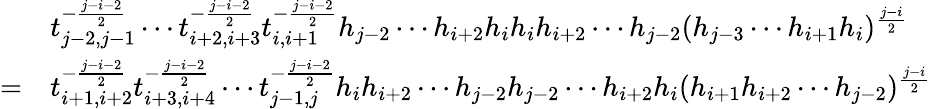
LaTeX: \begin{array}{rl}&{t_{j-2,j-1}^{-\frac{j-i-2}{2}}\cdots t_{i+2,i+3}^{-\frac{j-i-2}{2}}t_{i,i+1}^{-\frac{j-i-2}{2}}h_{j-2}\cdots h_{i+2}h_{i}h_{i}h_{i+2}\cdots h_{j-2}(h_{j-3}\cdots h_{i+1}h_{i})^{\frac{j-i}{2}}}\\ {=}&{t_{i+1,i+2}^{-\frac{j-i-2}{2}}t_{i+3,i+4}^{-\frac{j-i-2}{2}}\cdots t_{j-1,j}^{-\frac{j-i-2}{2}}h_{i}h_{i+2}\cdots h_{j-2}h_{j-2}\cdots h_{i+2}h_{i}(h_{i+1}h_{i+2}\cdots h_{j-2})^{\frac{j-i}{2}}}\end{array}